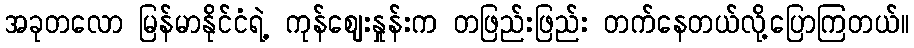
အခုတလော မြန်မာနိုင်ငံရဲ့ ကုန်ဈေးနှုန်းက တဖြည်းဖြည်း တက်နေတယ်လို့ပြောကြတယ်။